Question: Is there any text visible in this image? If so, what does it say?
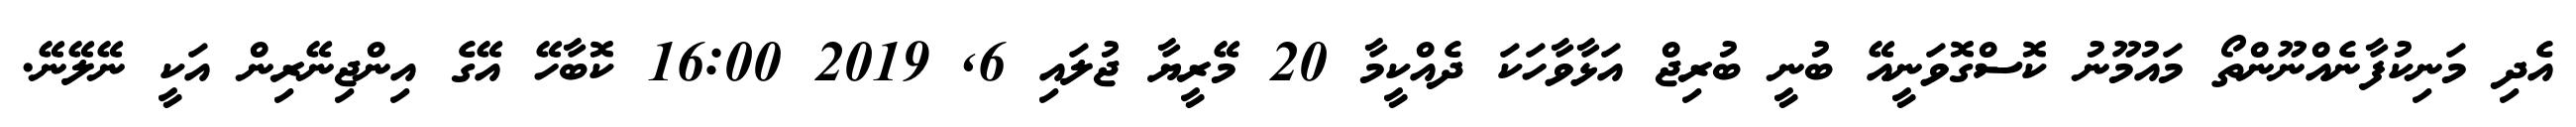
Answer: އެދި މަނިކުފާނެއްނޫންތޯ މައުމޫނު ކޮސްގޮވަނީއޭ ބުނީ ބުރިޖް އަޅާވާހަކަ ދެއްކީމާ 20 މޭރީޔާ ޖުލައި 6, 2019 16:00 ކޮބާހޭ އޭގެ އިންޖިނޭރިން އަކީ ނޭލޭނޭ.